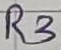
Text: R3